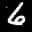
Label: 6